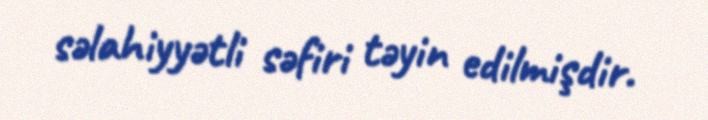
səlahiyyətli səfiri təyin edilmişdir.